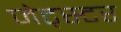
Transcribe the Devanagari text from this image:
जेट्स्टर